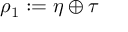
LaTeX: \rho _ { 1 } : = \eta \oplus \tau